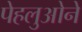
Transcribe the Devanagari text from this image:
पेहलुओने